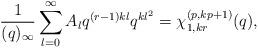
LaTeX: \begin{align*}\frac{1}{(q)_{\infty}} \sum_{l=0}^{\infty }A_l q^{(r-1)kl} q^{kl^2 }= \chi^{(p,kp+1)}_{1,kr}(q),\end{align*}